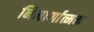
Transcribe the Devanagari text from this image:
निमार्णात्मक